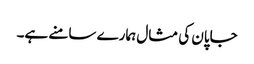
جاپان کی مثال ہمارے سامنے ہے۔